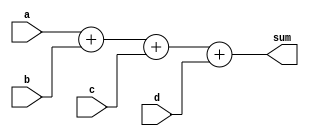

module adder(sum, a, b, c, d);
	parameter bitwidth = 14;
	input signed[bitwidth - 1:0]a, b, c, d;
	output signed[bitwidth + 1:0]sum;
	
	assign sum = a + b + c + d;
	
endmodule